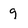
Character: 9